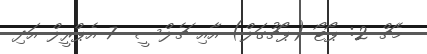
މެޗް 2: ޕޯޓޯ (ޕޯޗުގަލް) އާއި ޗެލްސީ  7 އެޕްރީލް އަދި